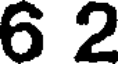
6 2